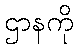
ဌာနကို